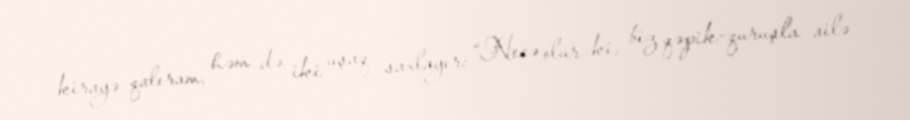
kirayə qalıram, həm də iki uşaq saxlayır: “Necə olur ki, biz qəpik-quruşla ailə